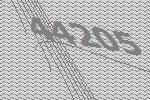
44205